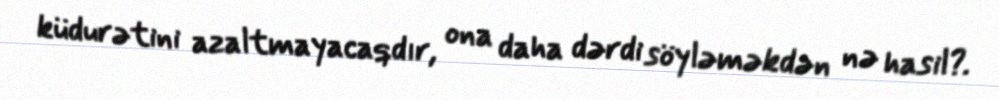
küdurətini azaltmayacaqdır, ona daha dərdi söyləməkdən nə hasil?.